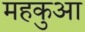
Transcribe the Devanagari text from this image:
महकुआ